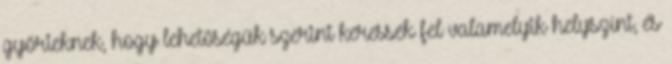
győrieknek, hogy lehetőségük szerint keressék fel valamelyik helyszínt, és